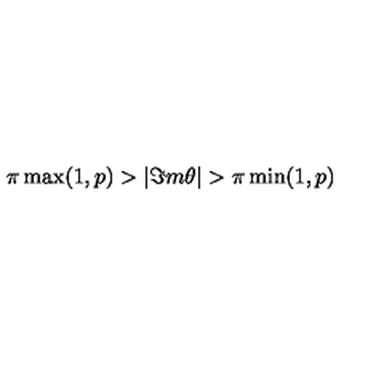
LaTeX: \pi \max ( 1 , p ) > | \Im m \theta | > \pi \min ( 1 , p )